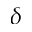
\delta